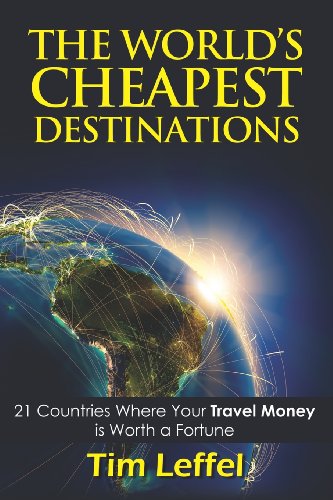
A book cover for THE WORLD'S CHEAPEST DESTINATIONS: 21 Countries Where Your Money is Worth a Fortune - FOURTH EDITION; Tim Leffel; Travel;